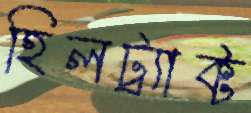
হিলট্র্যাক্ট